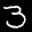
Label: 3